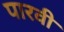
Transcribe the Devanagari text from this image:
पारवी